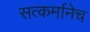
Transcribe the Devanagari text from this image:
सत्कर्मानेच